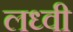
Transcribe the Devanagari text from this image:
लध्वी